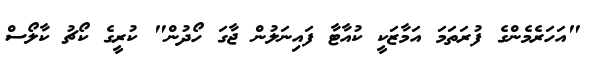
"އަހަރެމެންގެ ފުރަތަމަ އަމާޒަކީ ކުއާޓާ ފައިނަލުން ޖާގަ ހޯދުން" ކުރީގެ ކޯޗު ކާލޯސް